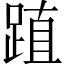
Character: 𨁷